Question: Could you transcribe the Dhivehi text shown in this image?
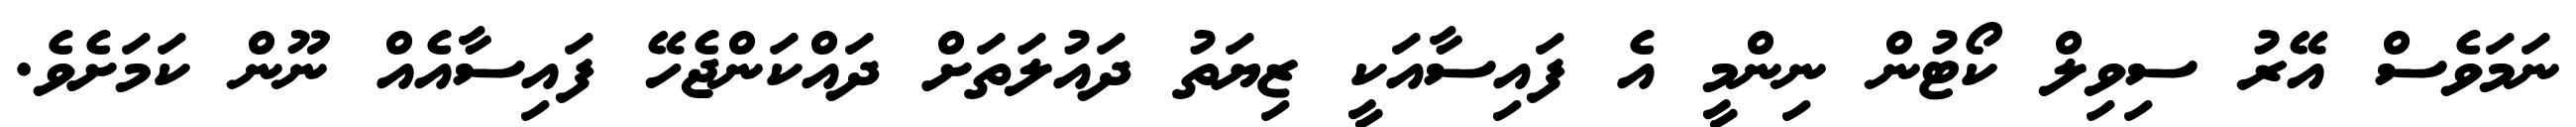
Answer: ނަމަވެސް އޭރު ސިވިލް ކޯޓުން ނިންމީ އެ ފައިސާއަކީ ޒިޔަތު ދައުލަތަށް ދައްކަންޖެހޭ ފައިސާއެއް ނޫން ކަމަށެވެ.